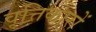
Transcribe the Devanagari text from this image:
वृत्तिकारों